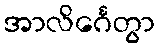
အာလိင်္ဂေတွာ